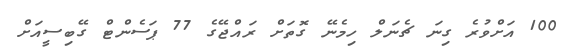
100 އަށްވުރެ ގިނަ ޗެނަލް ހިމެނޭ ގޮތަށް ރައްޖޭގެ 77 ޕަސެންޓް ގޭބިސީއަށް